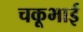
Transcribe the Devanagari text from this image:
चकूभाई